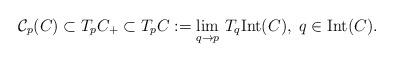
LaTeX: \begin{align*} \mathcal{C}_p(C)\subset T_pC_+ \subset T_pC:=\lim_{q\to p}\,T_q{\rm Int}(C),\; q\in{\rm Int}(C). \end{align*}